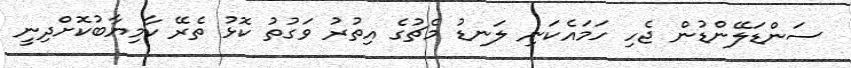
ސަންޑަލޭންޑުން ޖެހި ހަމައެކަނި ލަނޑު މެޗުގެ އިތުރު ވަގުތު ކޮޅު ތެރޭ ކާމިޔާބުކޮށްދިނީ